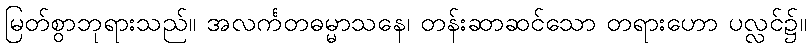
မြတ်စွာဘုရားသည်။ အလင်္ကတဓမ္မာသနေ၊ တန်းဆာဆင်သော တရားဟော ပလ္လင်၌။